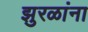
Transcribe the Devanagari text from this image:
झुरळांना